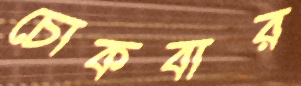
চোকবার